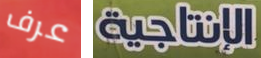
عرف الإنتاجية